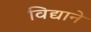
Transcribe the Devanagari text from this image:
विद्याने